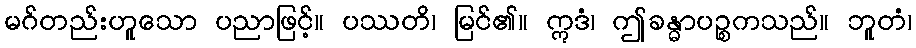
မဂ်တည်းဟူသော ပညာဖြင့်။ ပဿတိ၊ မြင်၏။ ဣဒံ၊ ဤခန္ဓာပဉ္စကသည်။ ဘူတံ၊